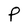
Character: P